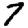
Digit: 7